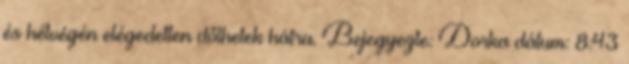
és hétvégén elégedetten dőlhetek hátra. Bejegyezte: Dorka dátum: 8:43